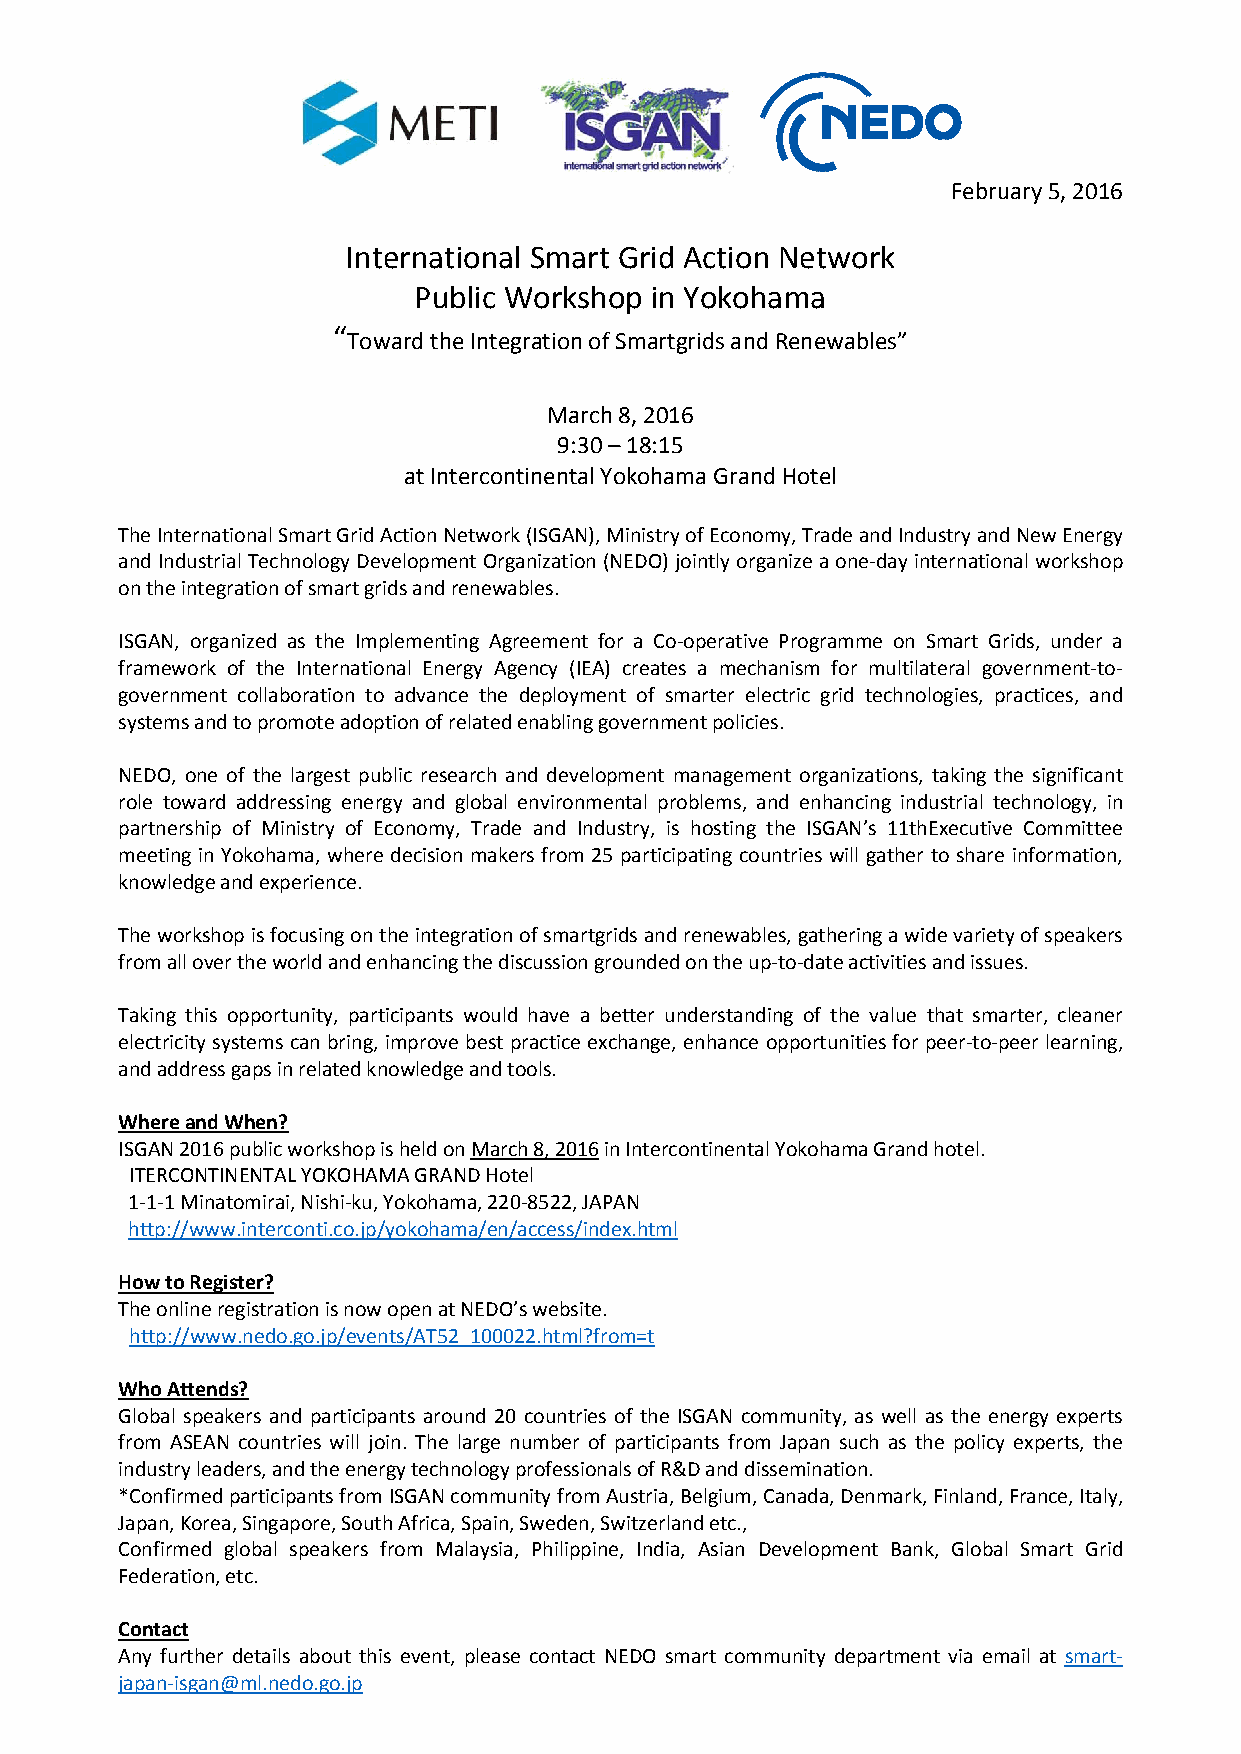
February 5, 2016
 International Smart Grid Action Network
 Public Workshop in Yokohama
 “Toward the Integration of Smartgrids and Renewables”
 March 8, 2016
 9:30 – 18:15
 at Intercontinental Yokohama Grand Hotel
 The International Smart Grid Action Network (ISGAN), Ministry of Economy, Trade and Industry and New Energy
 and Industrial Technology Development Organization (NEDO) jointly organize a one-day international workshop
 on the integration of smart grids and renewables.
 ISGAN, organized as the Implementing Agreement for a Co-operative Programme on Smart Grids, under a
 framework of the International Energy Agency (IEA) creates a mechanism for multilateral government-to-
 government collaboration to advance the deployment of smarter electric grid technologies, practices, and
 systems and to promote adoption of related enabling government policies.
 NEDO, one of the largest public research and development management organizations, taking the significant
 role toward addressing energy and global environmental problems, and enhancing industrial technology, in
 partnership of Ministry of Economy, Trade and Industry, is hosting the ISGAN’s 11thExecutive Committee
 meeting in Yokohama, where decision makers from 25 participating countries will gather to share information,
 knowledge and experience.
 The workshop is focusing on the integration of smartgrids and renewables, gathering a wide variety of speakers
 from all over the world and enhancing the discussion grounded on the up-to-date activities and issues.
 Taking this opportunity, participants would have a better understanding of the value that smarter, cleaner
 electricity systems can bring, improve best practice exchange, enhance opportunities for peer-to-peer learning,
 and address gaps in related knowledge and tools.
 Where and When?
 ISGAN 2016 public workshop is held on March 8, 2016 in Intercontinental Yokohama Grand hotel.
 ITERCONTINENTAL YOKOHAMA GRAND Hotel
 1-1-1 Minatomirai, Nishi-ku, Yokohama, 220-8522, JAPAN
 http://www.interconti.co.jp/yokohama/en/access/index.html
 How to Register?
 The online registration is now open at NEDO’s website.
 http://www.nedo.go.jp/events/AT52_100022.html?from=t
 Who Attends?
 Global speakers and participants around 20 countries of the ISGAN community, as well as the energy experts
 from ASEAN countries will join. The large number of participants from Japan such as the policy experts, the
 industry leaders, and the energy technology professionals of R&D and dissemination.
 *Confirmed participants from ISGAN community from Austria, Belgium, Canada, Denmark, Finland, France, Italy,
 Japan, Korea, Singapore, South Africa, Spain, Sweden, Switzerland etc.,
 Confirmed global speakers from Malaysia, Philippine, India, Asian Development Bank, Global Smart Grid
 Federation, etc.
 Contact
 Any further details about this event, please contact NEDO smart community department via email at smart-
 japan-isgan@ml.nedo.go.jp